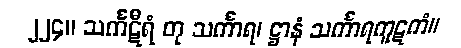
၂၂၄။ သင်္ကဋီရံ တု သင်္ကာရ၊ ဋ္ဌာနံ သင်္ကာရကူဋကံ။